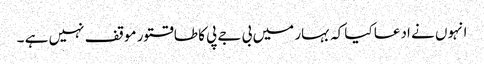
انہوں نے ادعا کیا کہ بہار میں بی جے پی کا طاقتور موقف نہیں ہے ۔